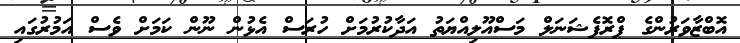
އޮބްޒާވަރުންގެ ޕްރޮފެޝަނަލް މަސްއޫލިއްޔަތު އަދާކުރުމަށް ހުރަސް އެޅުން ނޫން ކަމަށް ވެސް އަމުރުގައި